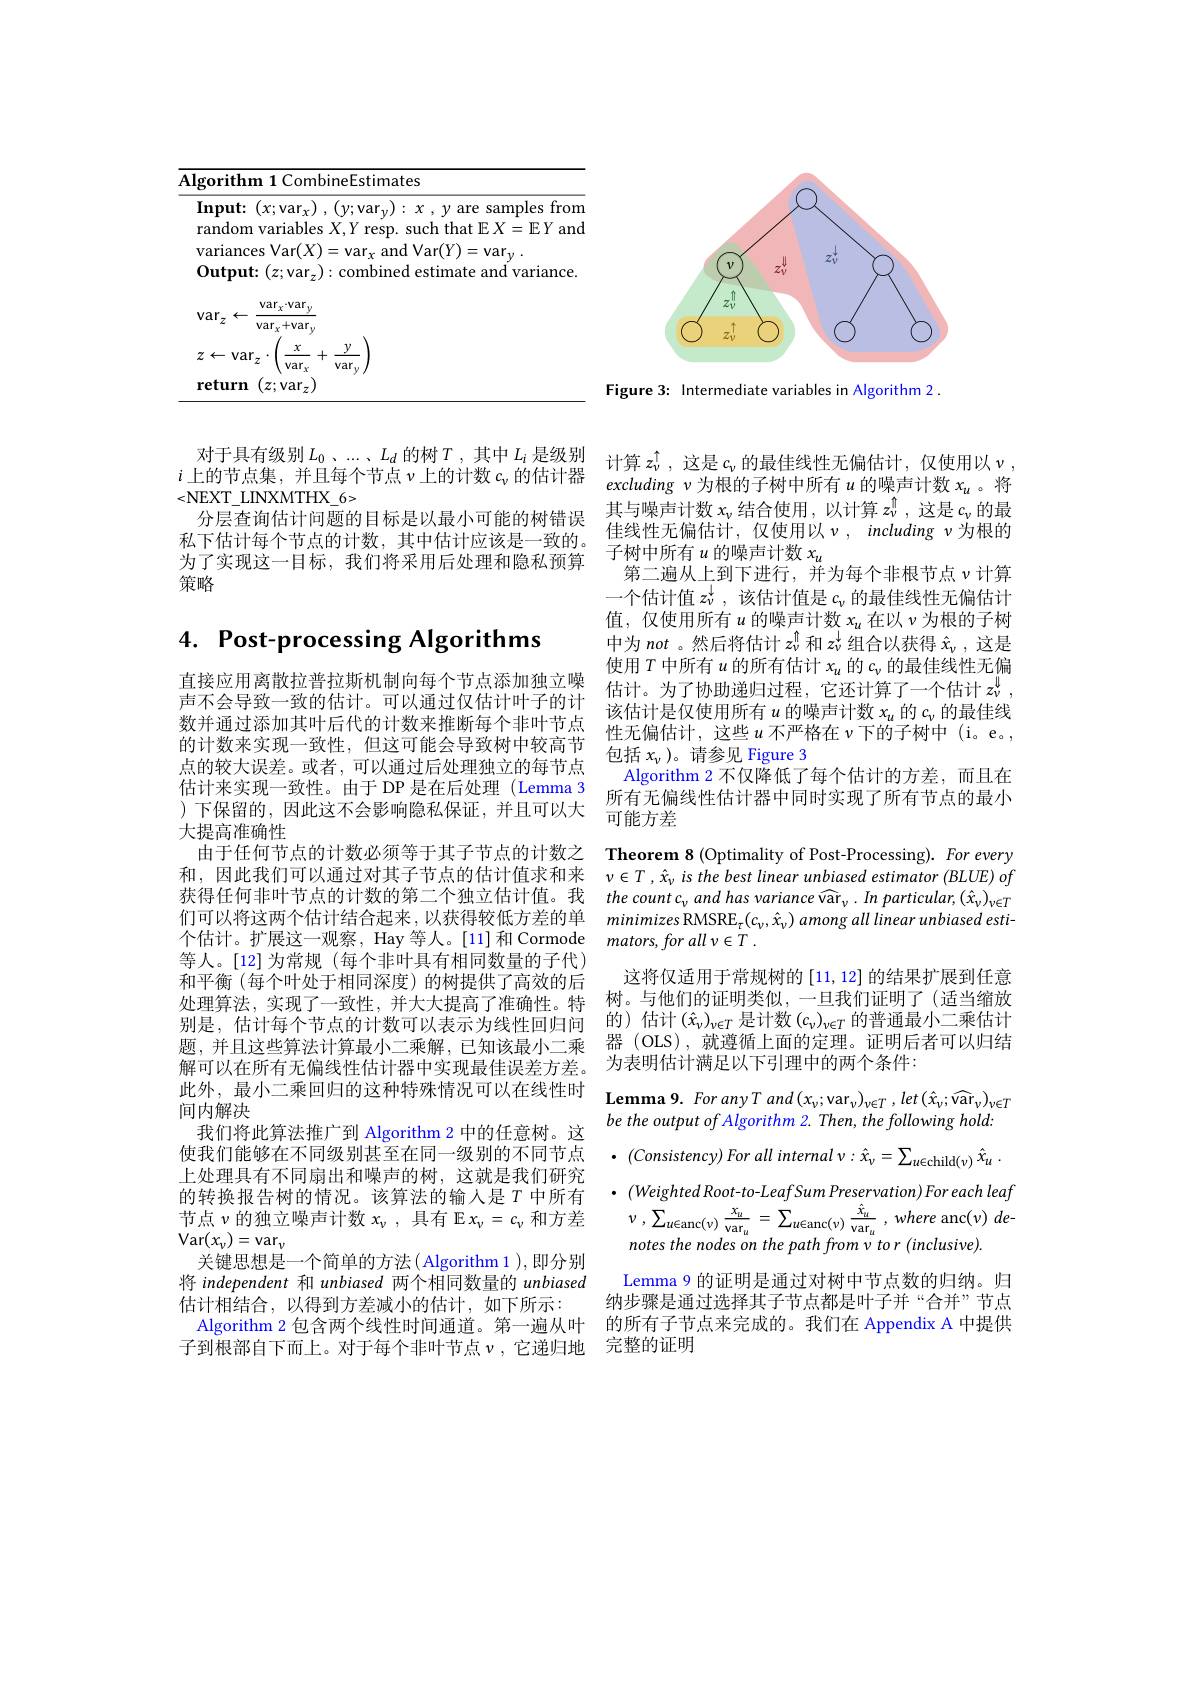
<table>
	<tbody>
		<tr>
			<td>$\mathbf{Al}$ - -</td>
			<td>rithm 1 CombineEstimates</td>
		</tr>
		<tr>
			<td> </td>
			<td>$\mathbf{tput:}(z;\mathbf{b})$ estımate and varıance. $\operatorname{rar}_{z}):$</td>
		</tr>
		<tr>
			<td> </td>
			<td>$\operatorname{var}_{x}\cdot\operatorname{var}_{y}$ $z$ $\operatorname{var}_x+\operatorname{var}_\nu$</td>
		</tr>
		<tr>
			<td> </td>
			<td>Va $X$</td>
		</tr>
		<tr>
			<td> </td>
			<td>urn $(z;$var$z)$</td>
		</tr>
	</tbody>
</table>

对于具有级别$L_0,\ldots,L_d$的树$T$,其中$L_i$是级别 计算$z_\nu^{\hat{\iota}}$,这是$c_\nu$的最佳线性无偏估计，仅使用以$\nu$,
$i$上的节点集，并且每个节点$\nu$上的计数$c_\nu$的估计器
<NEXT\_LINXMTHX\_6>
分层查询估计问题的目标是以最小可能的树错误私下估计每个节点的计数，其中估计应该是一致的。为了实现这一目标，我们将采用后处理和隐私预算策略

# 4. Post-processing Algorithms

直接应用离散拉普拉斯机制向每个节点添加独立噪声不会导致一致的估计。可以通过仅估计叶子的计数并通过添加其叶后代的计数来推断每个非叶节点的计数来实现一致性，但这可能会导致树中较高节点的较大误差。或者，可以通过后处理独立的每节点估计来实现一致性。由于 DP 是在后处理(Lemma 3 )下保留的，因此这不会影响隐私保证，并且可以大大提高准确性
由于任何节点的计数必须等于其子节点的计数之们可以将这两个估计结合起来，以获得较低方差的单个估计。扩展这一观察，Hay 等人。[11]和 Cormode 等人。[12]为常规(每个非叶具有相同数量的子代) 和平衡 (每个叶处于相同深度) 的树提供了高效的后处理算法，实现了一致性，并大大提高了准确性。特别是，估计每个节点的计数可以表示为线性回归间题，并且这些算法计算最小二乘解，已知该最小二乘解可以在所有无偏线性估计器中实现最佳误差方差。间内解决
我们将此算法推广到 Algorithm 2 中的任意树。这使我们能够在不同级别甚至在同一级别的不同节点上处理具有不同扇出和噪声的树，这就是我们研究的转换报告树的情况。该算法的输入是$T$中所有节点$\nu$的独立噪声计数$x_\nu$,具有 E $x_\nu=c_\nu$和方差$\operatorname{Var}(x_{\nu})=\operatorname{var}_{\nu}$
关键思想是一个简单的方法( Algorithm 1 ), 即分别将 independent 和 unbiased 两个相同数量的 unbiased 估计相结合，以得到方差减小的估计，如下所示：
子到根部自下而上。对于每个非叶节点$\nu$,它递归地

<FigureHere>

Figure 3: Intermediate variables in Algorithm 2.

excluding $\nu$为根的子树中所有$u$ 的噪声计数 $x_u$ 。将其与噪声计数$x_\nu$结合使用 , 以计算$z_v^{\hat{1}}$,这是$c_\nu$的最佳线性无偏估计，仅使用以$\nu,including\nu$为根的子树中所有$u$的噪声计数$x_u$
第二遍从上到下进行，并为每个非根节点$\nu$计算一个估计值$z_\nu^{\downarrow}$,该估计值是$c_\nu$的最佳线性无偏估计值，仅使用所有$u$的噪声计数$x_u$在以$\nu$为根的子树中为not 。然后将估计$z_\nu^{\uparrow}$和$z_\nu^{\downarrow}$组合以获得$\hat{x}_\nu$,这是使用$T$中所有$u$的所有估计$x_u$的$c_\nu$的最佳线性无偏估计。为了协助递归过程，它还计算了一个估计$z_\nu^{\downarrow}$, 该估计是仅使用所有$u$的噪声计数$x_u$的$c_\nu$的最佳线性无偏估计，这些$u$不严格在$v$下的子树中(i。e。, 包括$x_\nu$ )。请参见 Figure 3
Algorithm 2 不仅降低了每个估计的方差，而且在所有无偏线性估计器中同时实现了所有节点的最小可能方差

Theorem 8 (Optimality of Post-Processing). For every
和，因此我们可以通过对其子节点的估计值求和来 $\nu \in T, \hat{x} _\nu$ is the best linear unbiased estimator (BLUE) of 获得任何非叶节点的计数的第二个独立估计值。我 the count c$_vand\text{ has variance vâr}_{\nu}.In\textit{ particular, (\hat{x}}_{\nu})_{\nu\in T}$
$minimizes\text{ RMSRE}_{\tau}(c_{\nu},\hat{x}_{\nu})$ among all linear unbiased esti-
$mators, forall$ $v\in T$ .
这将仅适用于常规树的[11,12]的结果扩展到任意树。与他们的证明类似，一旦我们证明了(适当缩放的) 估计$(\hat{x}_\nu)_{\nu\in T}$是计数$(c_\nu)_{\nu\in T}$的普通最小二乘估计器 (OLS),就遵循上面的定理。证明后者可以归结为表明估计满足以下引理中的两个条件：
此 外 , 最 小 二 乘 回 归 的 这 种 特 殊 情 况 可 以 在 线 性 时 间 内 解 决Lemma 9. For any T and (x$_v;\mathrm{var}_v)_{v\in T},let\left(\hat{x}_v;\widehat{\mathrm{var}}_v\right)_{v\in T}$
be the output of Algorithm 2. Then, the following hold: $\cdot$ $( Consistency)$ For all internal $v: \hat{x} _{\nu }= \sum _{u\in \mathrm{child}( \nu ) }$ $\hat{x} _{u}$ . $\cdot(WeightedRoot-to-LeafSumPreservation)Foreachleaf$ $\nu$ , $\sum _{u\in \mathrm{anc}( v) }\frac {x_{u}}{\mathrm{var}_{u}}$ = $\sum _{u\in \mathrm{anc}( v) }\frac {\hat{x} _{u}}{\mathrm{var}_{u}}$ , where anc$( v)$ $de-$ $notesthenodesonthepathfromvtor(inclusive)$
Lemma 9 的证明是通过对树中节点数的归纳。归纳步骤是通过选择其子节点都是叶子并“合并”节点
Algorithm 2 包含两个线性时间通道。第一遍从叶 的所有子节点来完成的。我们在 Appendix A 中提供
完整的证明